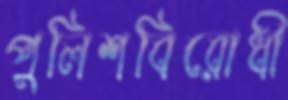
পুলিশবিরোধী